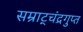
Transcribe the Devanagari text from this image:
सम्राट्चंद्रगुप्त